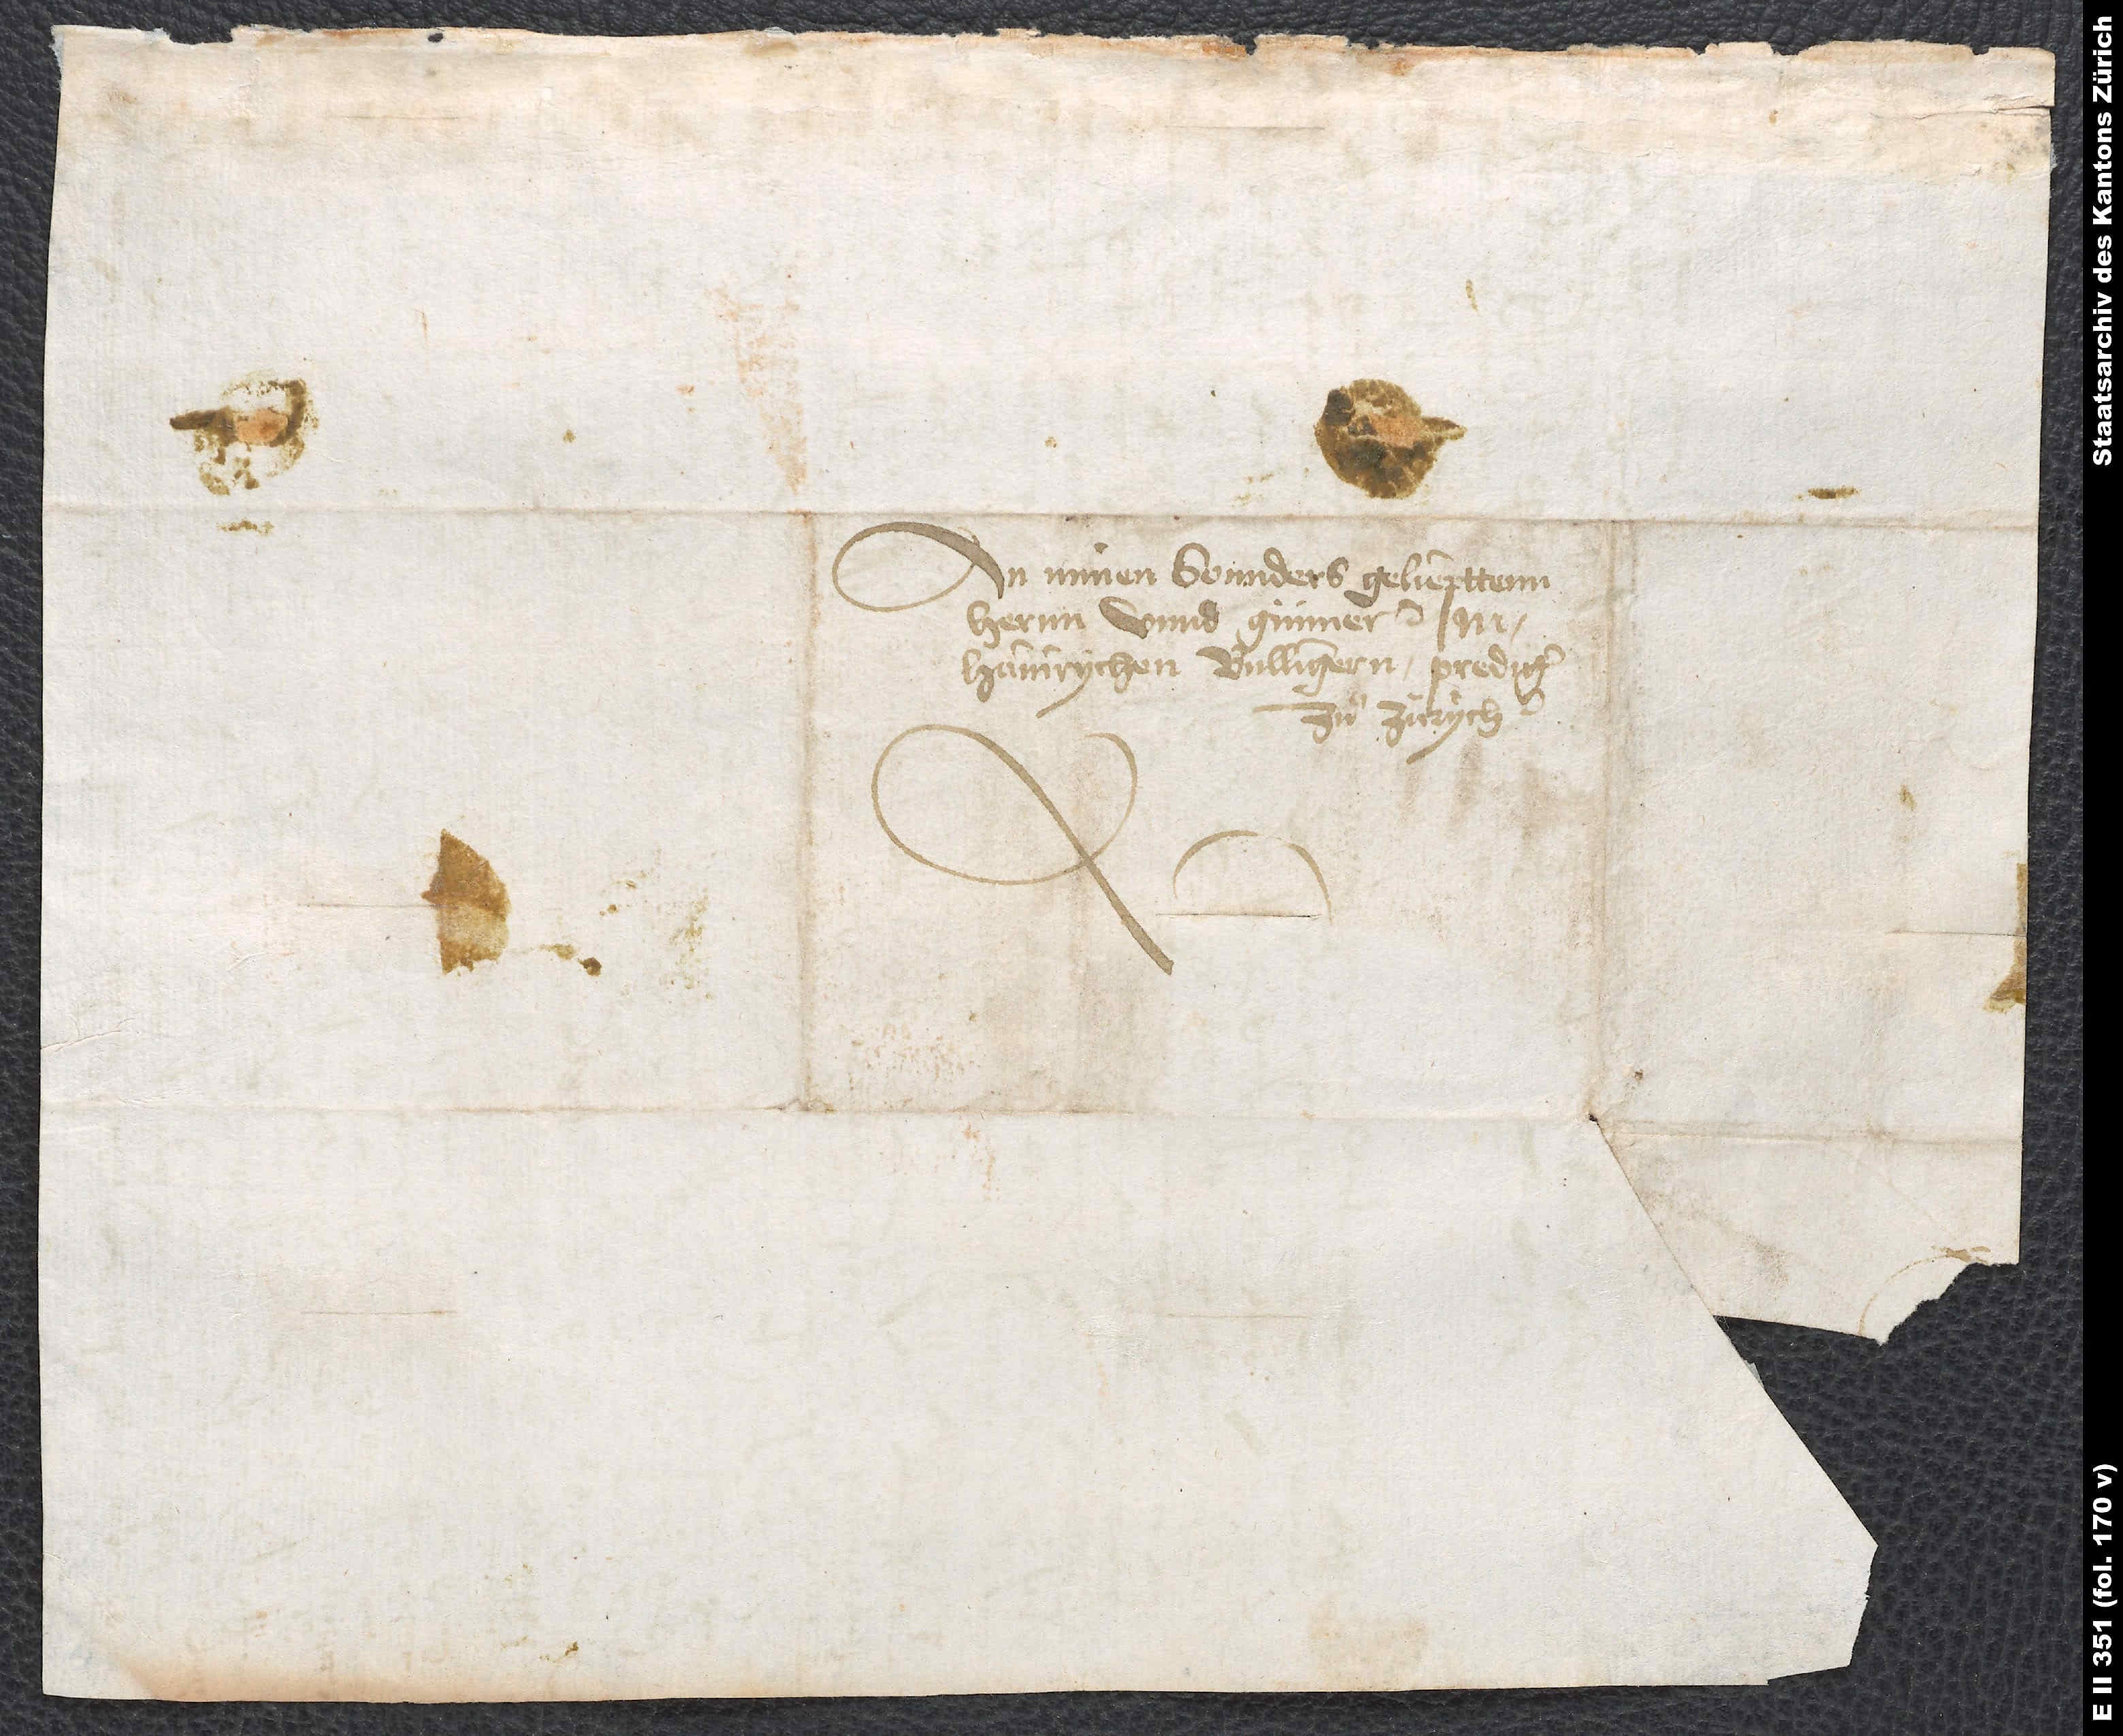
An minen sonnders geliepttenn
hernn unnd günner M.
Hainrychen Bullingern, prediger
zuͦ Zürych.